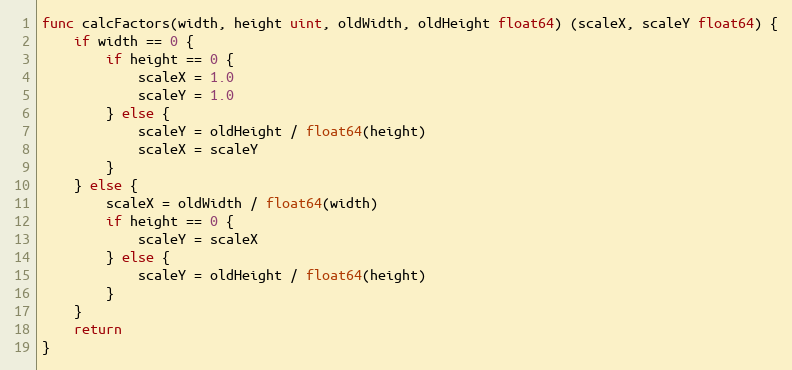
Language: Go
func calcFactors(width, height uint, oldWidth, oldHeight float64) (scaleX, scaleY float64) {
	if width == 0 {
		if height == 0 {
			scaleX = 1.0
			scaleY = 1.0
		} else {
			scaleY = oldHeight / float64(height)
			scaleX = scaleY
		}
	} else {
		scaleX = oldWidth / float64(width)
		if height == 0 {
			scaleY = scaleX
		} else {
			scaleY = oldHeight / float64(height)
		}
	}
	return
}